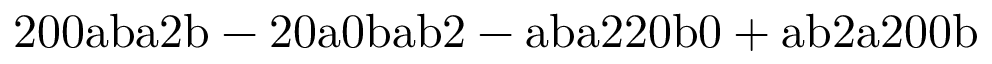
\mathrm { 2 0 0 a b a 2 b - 2 0 a 0 b a b 2 - a b a 2 2 0 b 0 + a b 2 a 2 0 0 b }